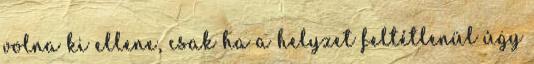
volna ki ellene, csak ha a helyzet feltétlenül úgy